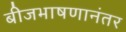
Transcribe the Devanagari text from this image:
बीजभाषणानंतर